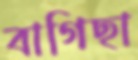
বাগিছা